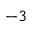
^ { - 3 }